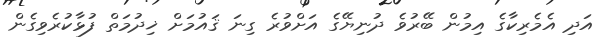
އަދި އެމެރިކާގެ އިމުން ބޭރުވެ ދުނިޔޭގެ އަށްވުރެ ގިނަ ޤައުމަށް ޚިދުމަތް ފުޅާކުރެވިގެން